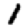
Digit: 1